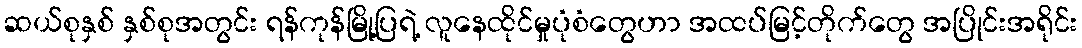
ဆယ်စုနှစ် နှစ်စုအတွင်း ရန်ကုန်မြို့ပြရဲ့ လူနေထိုင်မှုပုံစံတွေဟာ အထပ်မြင့်တိုက်တွေ အပြိုင်းအရိုင်း